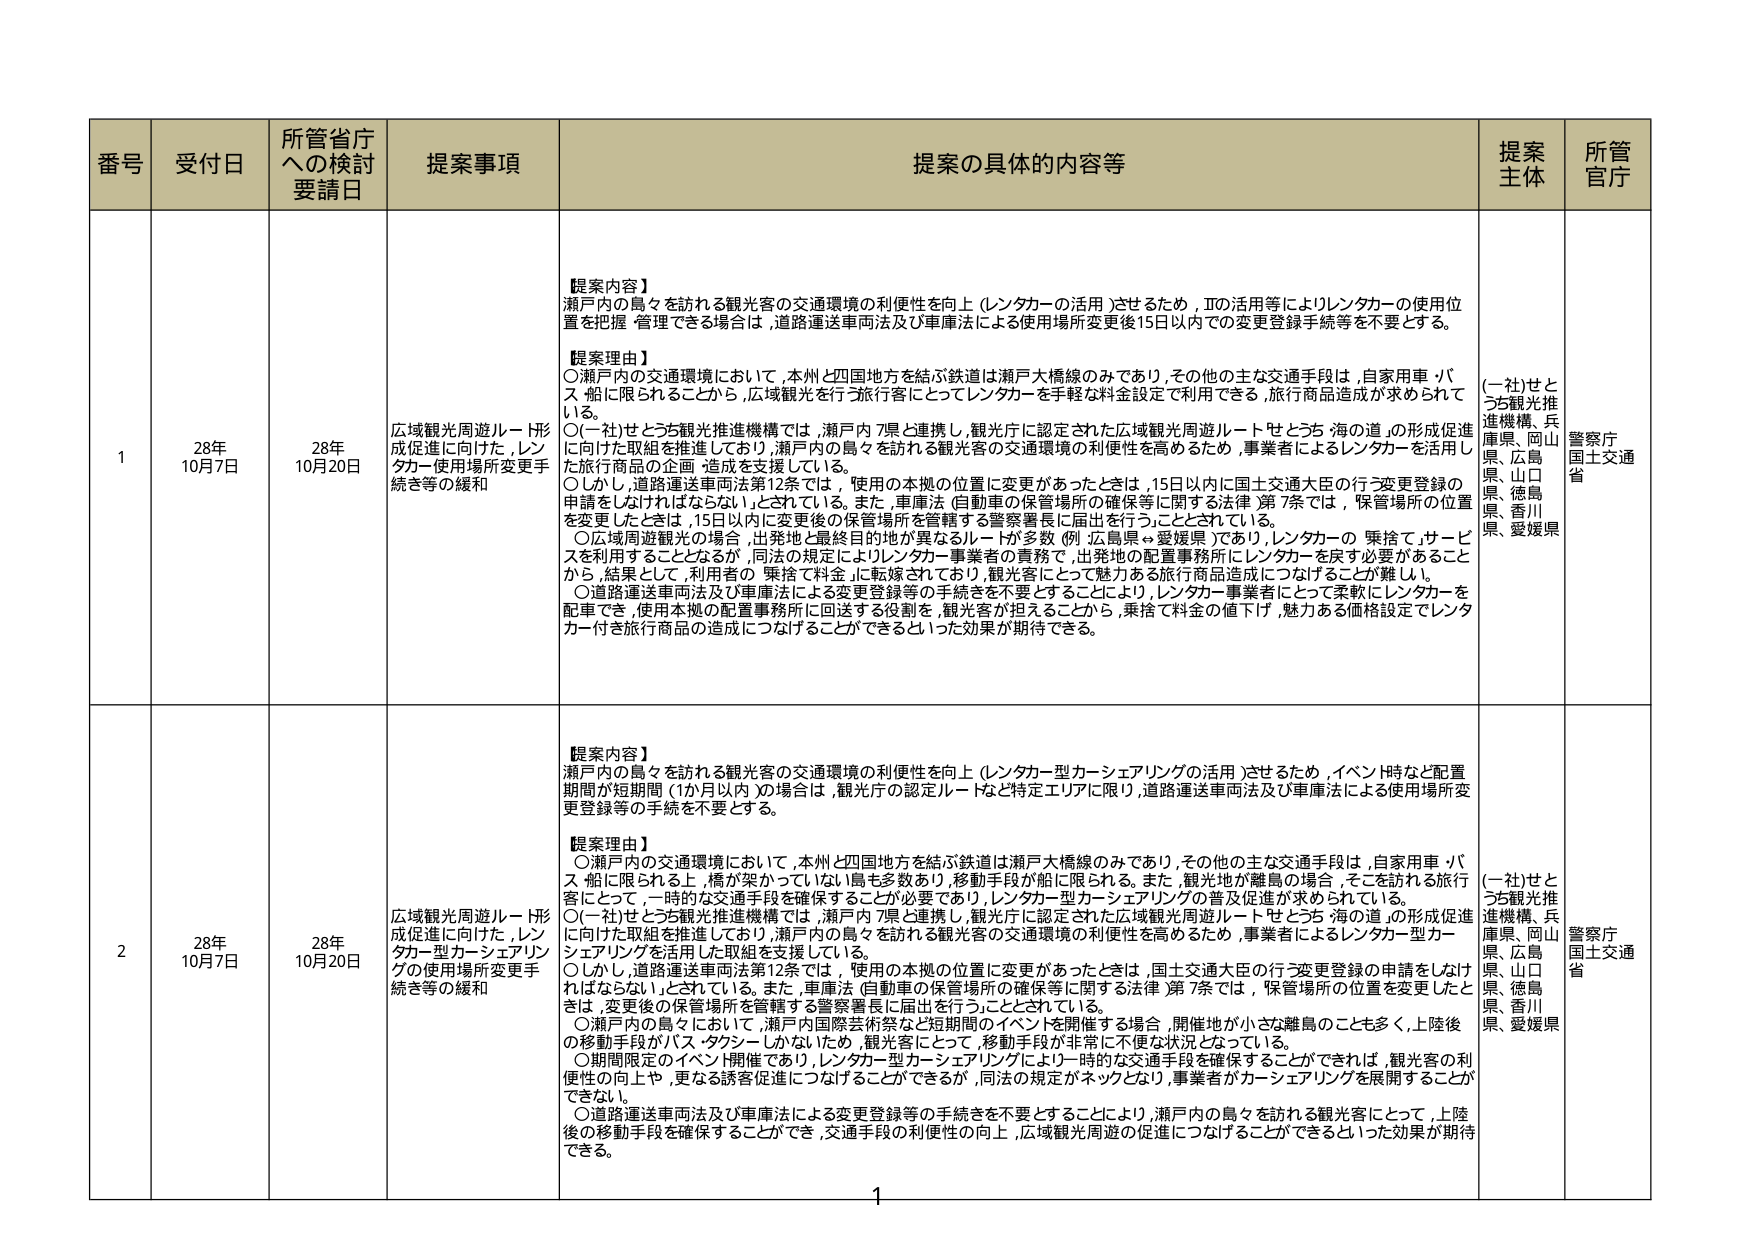
番号 受付日 所管省庁への検討要請日 提案事項 提案の具体的内容等 提案主体 所管官庁

1 28年10月7日 28年10月20日 広域観光周遊ルート形成促進に向けた、レンタカー使用場所変更手続等の緩和 【提案内容】 濑戸内の島々を訪れる観光客の交通環境の利便性を向上（レンタカーの活用）させるため、ITの活用等によりレンタカーの使用位置を把握・管理できる場合は、道路運送車両法及び車庫法による使用場所変更後15日以内での変更登録手続等を不要とする。 【提案理由】 ○瀬戸内の交通環境において、本州と四国地方を結ぶ鉄道は瀬戸大橋線のみであり、その他の主な交通手段は、自家用車・バス・船に限られるところから、広域観光を行う旅行客にとってレンタカーを手軽な料金設定で利用できる、旅行商品造成が求められている。 ○（一社）せとうち観光推進機構では、瀬戸内7県と連携し、観光庁に認定された広域観光周遊ルート「せとうち 海の道」の形成促進に向けた取組を推進しており、瀬戸内の島々を訪れる観光客の交通環境の利便性を高めるため、事業者によるレンタカーを活用した旅行商品の企画・造成を支援している。 ○しかし、道路運送車両法第12条では、使用の本拠の位置に変更があったときは、15日以内に国土交通大臣の行う変更登録の申請をしなければならないとされている。また、車庫法（自動車の保管場所の確保等に関する法律）第7条では、保管場所の位置を変更したときは、15日以内に変更後の保管場所を管轄する警察署長に届出を行うこととされている。 ○広域周遊観光の場合、出発地と最終目的地が異なるルートが多数（例：広島県↔愛媛県）であり、レンタカーの「乗捨て」サービスを利用することとなるが、同法の規定によりレンタカー事業者の責務で、出発地の配置事務所にレンタカーを戻す必要があることから、結果として、利用者の「乗捨て料金」に転嫁されており、観光客にとって魅力ある旅行商品造成につなげることが難しい。 ○道路運送車両法及び車庫法による変更登録等の手続きを不要とすることにより、レンタカー事業者にとって柔軟にレンタカーを配車でき、使用本拠の配置事務所に回送する役割を、観光客が担えることから、乗捨て料金の値下げ、魅力ある価格設定でレンタカー付き旅行商品の造成につなげることができるといった効果が期待できる。 （一社）せとうち観光推進機構、兵庫県、岡山県、広島県、山口県、徳島県、香川県、愛媛県 警察庁 国土交通省

2 28年10月7日 28年10月20日 広域観光周遊ルート形成促進に向けた、レンタカー型カーシェアリングの使用場所変更手続等の緩和 【提案内容】 瀬戸内の島々を訪れる観光客の交通環境の利便性を向上（レンタカー型カーシェアリングの活用）させるため、イベント時など配置期間が短期間（1か月以内）の場合は、観光庁の認定ルートなど特定エリアに限り、道路運送車両法及び車庫法による使用場所変更登録等の手続を不要とする。 【提案理由】 ○瀬戸内の交通環境において、本州と四国地方を結ぶ鉄道は瀬戸大橋線のみであり、その他の主な交通手段は、自家用車・バス・船に限られる上、橋が架かっていない島も多数あり、移動手段が船に限られる。また、観光地が離島の場合、そこを訪れる旅行客にとって、一時的な交通手段を確保することが必要であり、レンタカー型カーシェアリングの普及促進が求められている。 ○（一社）せとうち観光推進機構では、瀬戸内7県と連携し、観光庁に認定された広域観光周遊ルート「せとうち 海の道」の形成促進に向けた取組を推進しており、瀬戸内の島々を訪れる観光客の交通環境の利便性を高めるため、事業者によるレンタカー型カーシェアリングを活用した取組を支援している。 ○しかし、道路運送車両法第12条では、使用の本拠の位置に変更があったときは、国土交通大臣の行う変更登録の申請をしなければならないとされている。また、車庫法（自動車の保管場所の確保等に関する法律）第7条では、保管場所の位置を変更したときは、変更後の保管場所を管轄する警察署長に届出を行うこととされている。 ○瀬戸内の島々において、瀬戸内国際芸術祭など短期間のイベントを開催する場合、開催地が小さな離島のことも多く、上陸後の移動手段がバス・タクシーしかないため、観光客にとって、移動手段が非常に不便な状況となっている。 ○期間限定のイベント開催であり、レンタカー型カーシェアリングにより一時的な交通手段を確保することができれば、観光客の利便性の向上や、更なる誘客促進につなげることができるが、同法の規定がネックとなり、事業者がカーシェアリングを展開することができない。 ○道路運送車両法及び車庫法による変更登録等の手続きを不要とすることにより、瀬戸内の島々を訪れる観光客にとって、上陸後の移動手段を確保することができ、交通手段の利便性の向上、広域観光周遊の促進につなげることができるといった効果が期待できる。 （一社）せとうち観光推進機構、兵庫県、岡山県、広島県、山口県、徳島県、香川県、愛媛県 警察庁 国土交通省

1